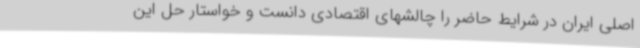
اصلی ایران در شرایط حاضر را چالشهای اقتصادی دانست و خواستار حل این